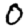
Digit: 0